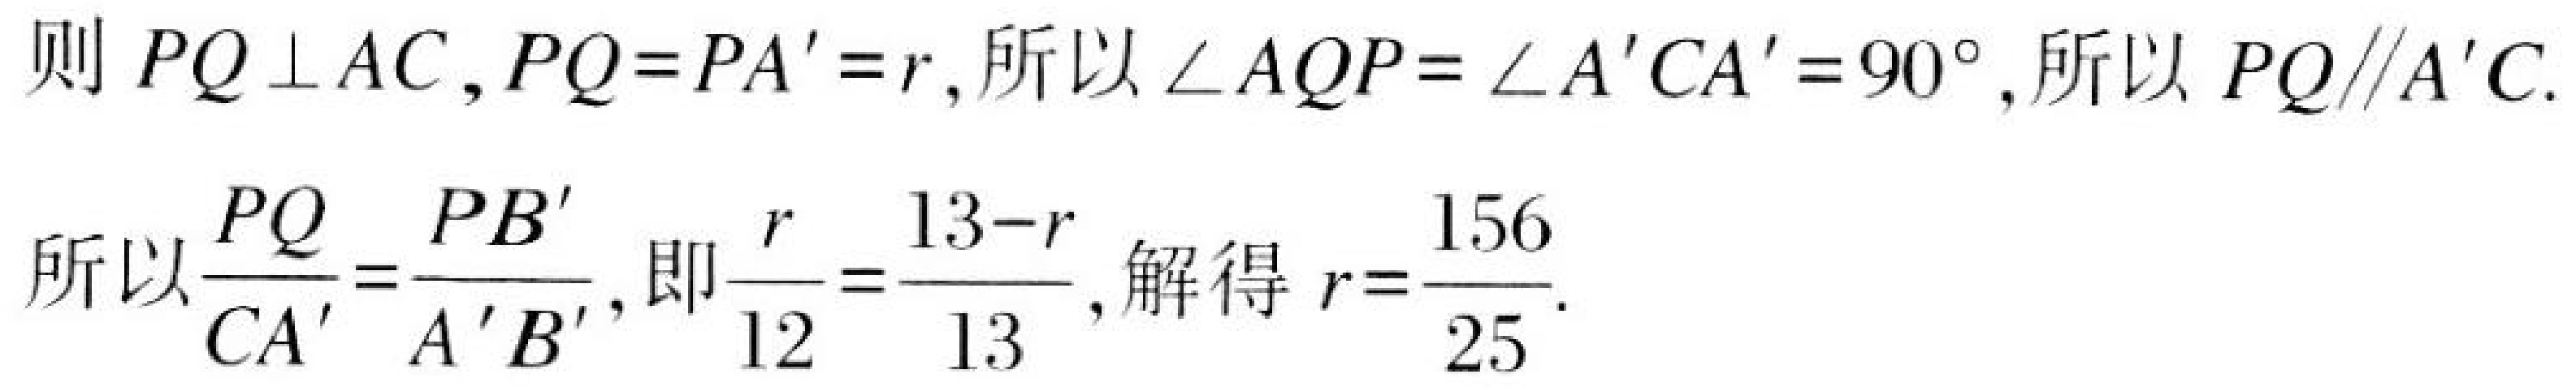
则\(PQ\perp AC\)，\(PQ = PA'=r\)，所以\(\angle AQP=\angle A'CA' = 90^{\circ}\)，所以\(PQ\parallel A'C\).
所以\(\frac{PQ}{CA'}=\frac{PB'}{A'B'}\)，即\(\frac{r}{12}=\frac{13 - r}{13}\)，解得\(r = \frac{156}{25}\).